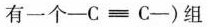
有一个-C≡C-)组